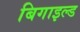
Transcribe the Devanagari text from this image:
बिगाइल्ड